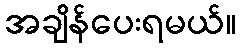
အချိန်ပေးရမယ်။